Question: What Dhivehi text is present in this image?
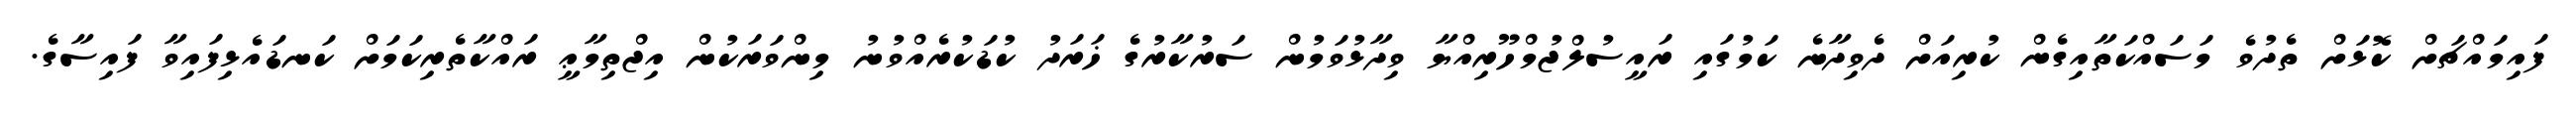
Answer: ފައިމައްޗަށް ކޮޅަށް ތެދުވެ މަސައްކަތާއިގެން ކުރިއަށް ދެވިދާނެ ކަމުގައި ރައީސުލްޖުމްހޫރިއްޔާ ވިދާޅުވަމުން ސަރުކާރުގެ ޚަރަދު ކުޑަކުރެއްވުނު މިންވަރަކުން އިޖްތިމާޢީ ރައްކާތެރިކަމަށް ކަނޑައެޅިފައިވާ ފައިސާގެ.